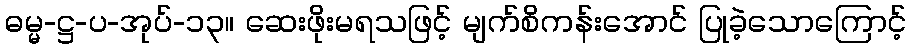
ဓမ္မ-ဋ္ဌ-ပ-အုပ်-၁၃။ ဆေးဖိုးမရသဖြင့် မျက်စိကန်းအောင် ပြုခဲ့သောကြောင့်